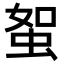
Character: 𧊟